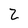
Character: 2